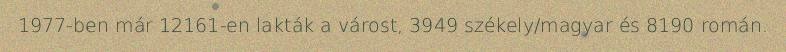
1977-ben már 12161-en lakták a várost, 3949 székely/magyar és 8190 román.